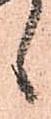
候